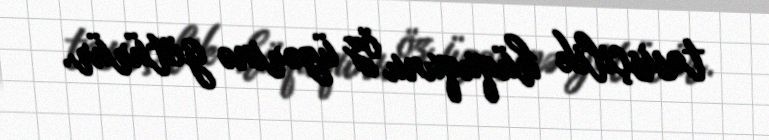
təsisçilik hüququnu öz üzərinə götürür.